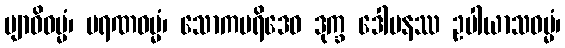
ဗျာဓိဓမ္မံ၊ မရဏဓမ္မံ၊ သောကပရိဒေဝ ဒုက္ခ ဒေါမနဿ ဥပါယာသဓမ္မံ၊